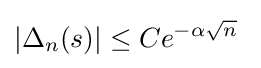
|\Delta _{n}(s)|\leq Ce^{-\alpha {\sqrt {n}}}~